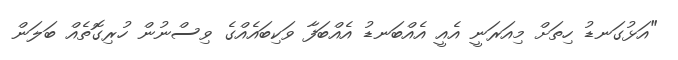
"އަޅުގަނޑު ހިތަށް މިއަރަނީ އެއީ އެއްބަނޑު އެއްބަފާ ވަކިބައެއްގެ ވިސްނުން ހުރިގޮތެއް ބަލަން